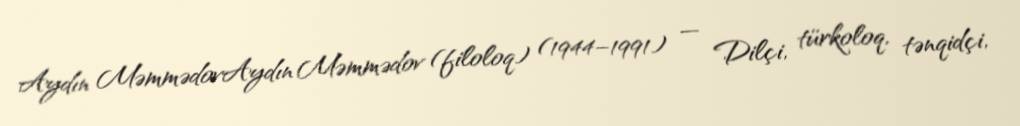
Aydın MəmmədovAydın Məmmədov (filoloq) (1944–1991) — Dilçi, türkoloq, tənqidçi,